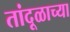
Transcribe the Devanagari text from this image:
तांदूळाच्या